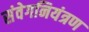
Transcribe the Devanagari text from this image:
संवेगनियंत्रण